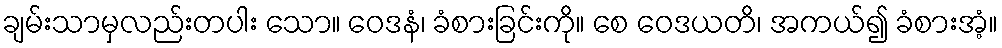
ချမ်းသာမှလည်းတပါး သော။ ဝေဒနံ၊ ခံစားခြင်းကို။ စေ ဝေဒယတိ၊ အကယ်၍ ခံစားအံ့။